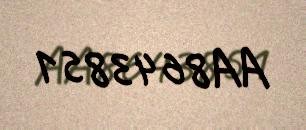
AA8643851